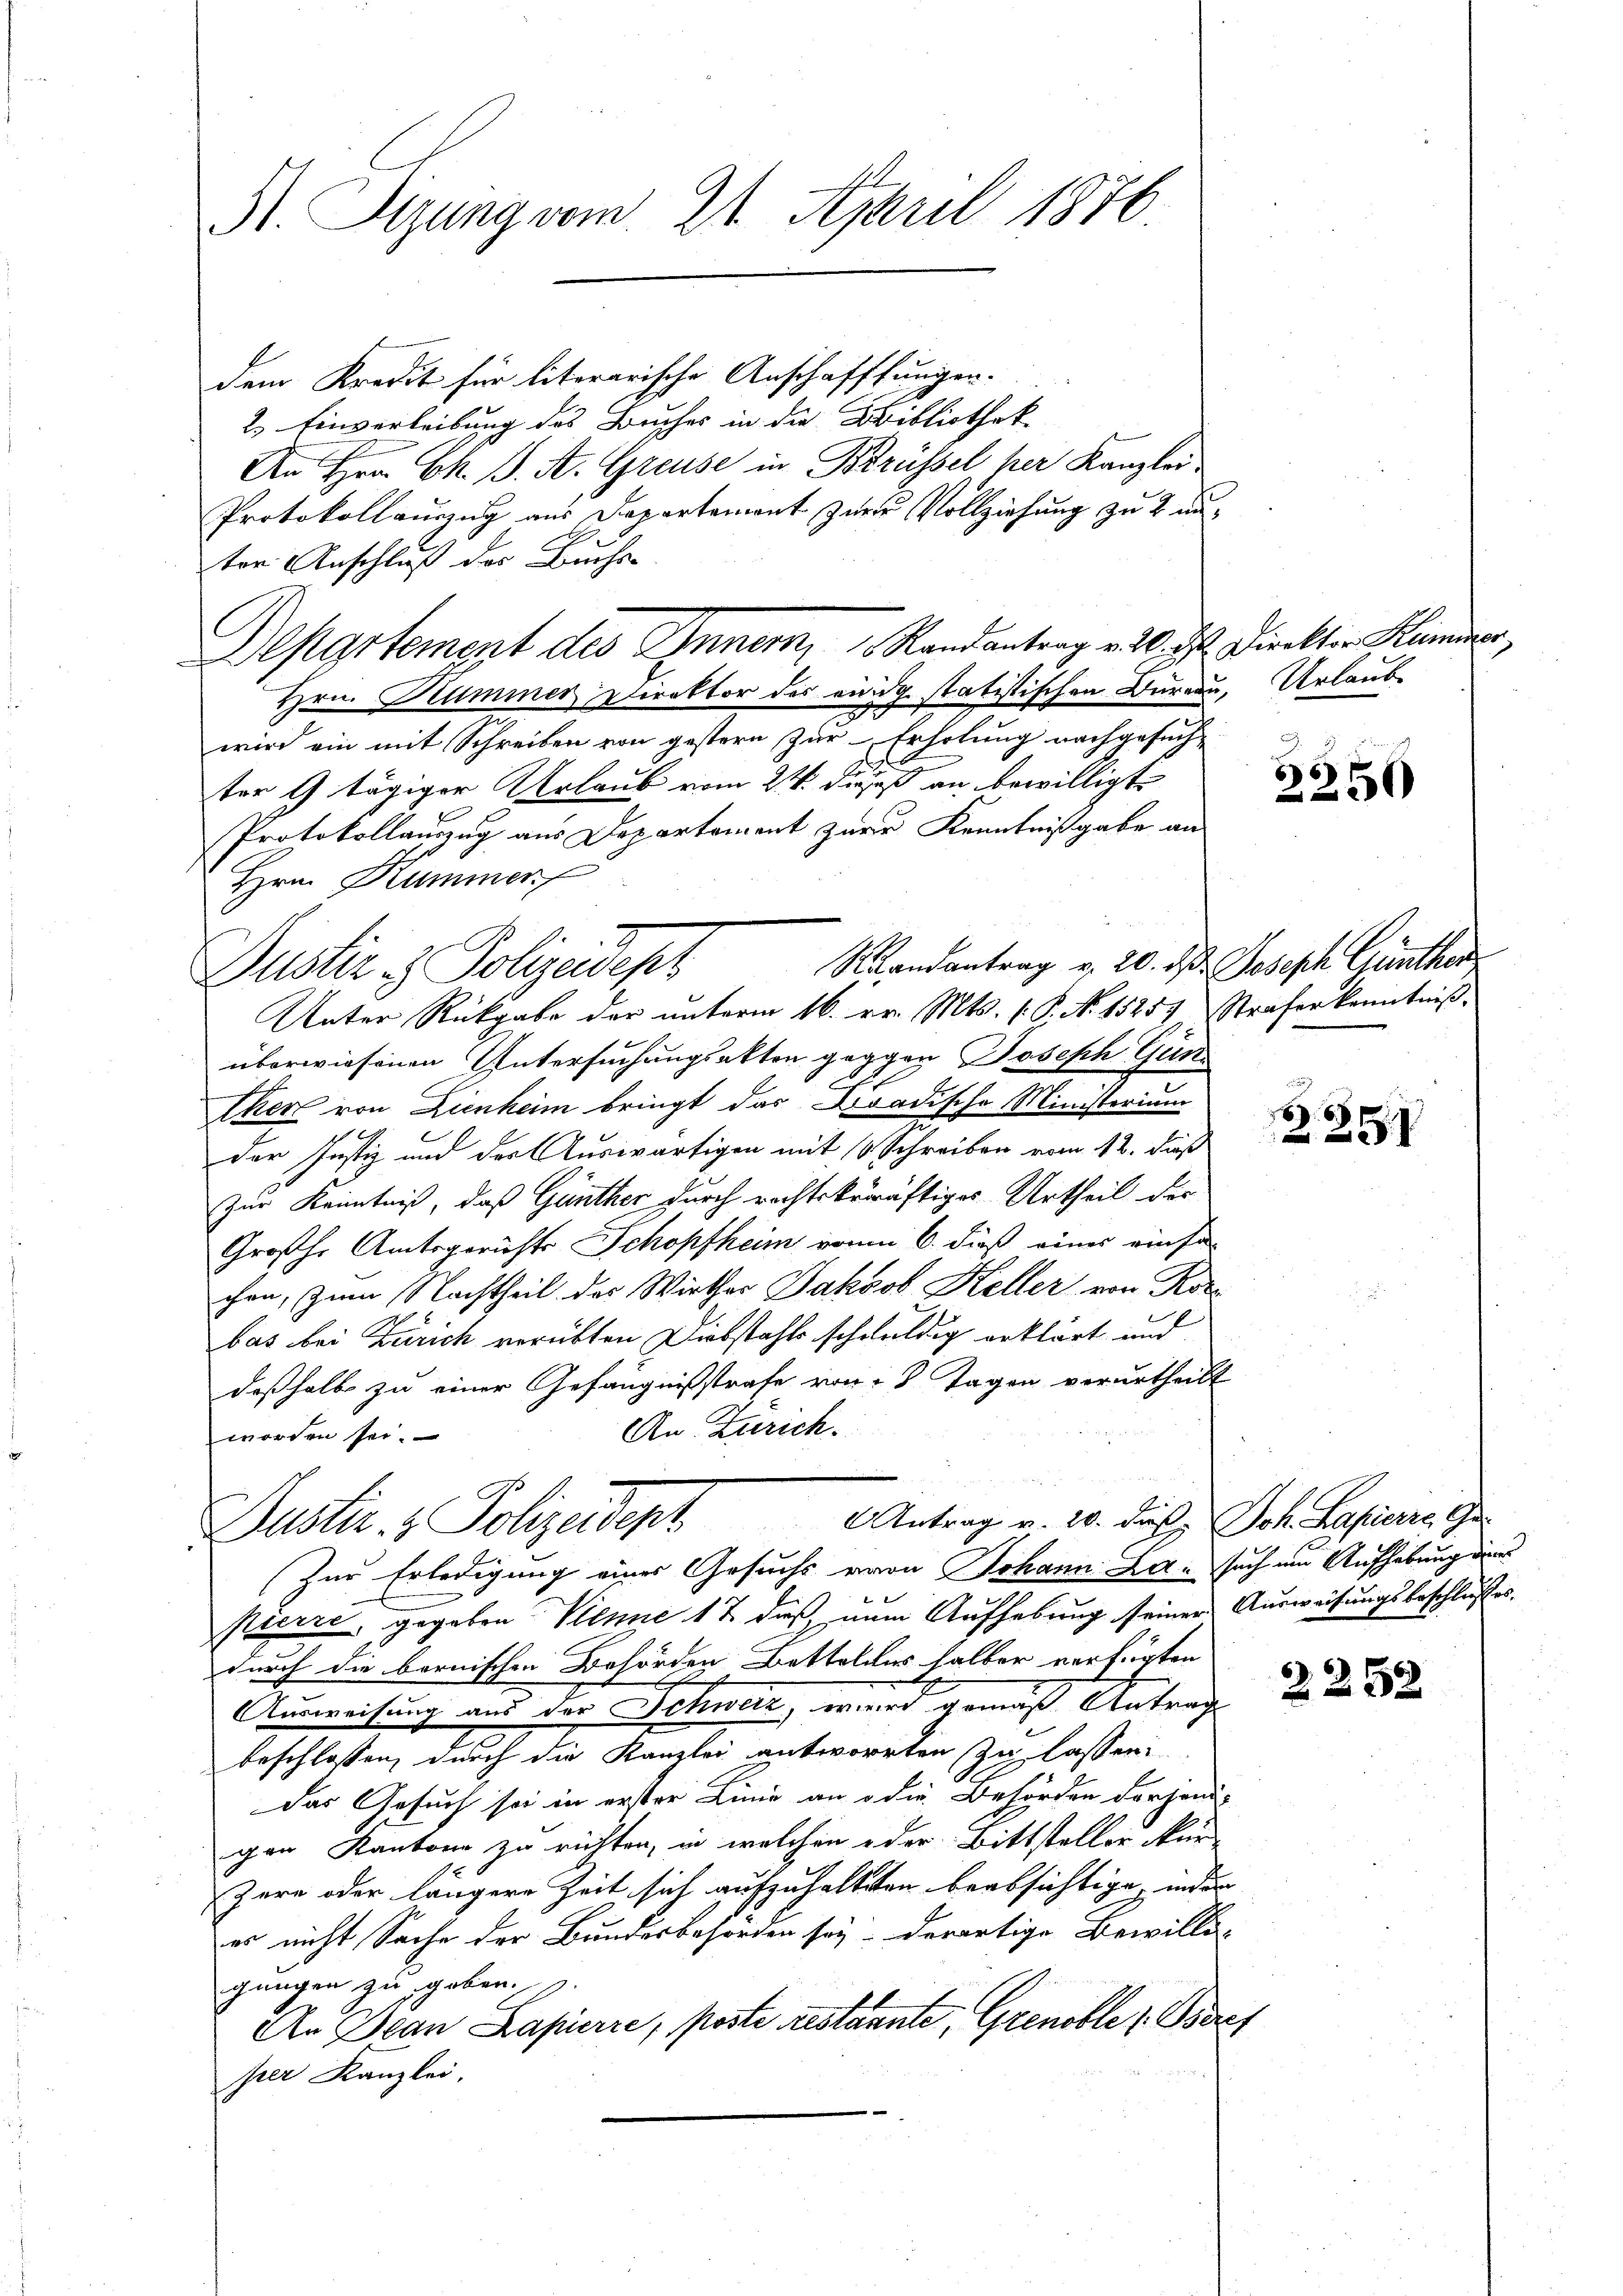
S. Syzung vom 21. April 1876

dem Kredit für literarische Anschafffungen.
2. Einverleibung des Buches in die Bibliothek-
An Hrn. C. J. A. Greuse in Brüssel her Kanzlei
Protokollauszug aus Departement zur Vollziehung zu 2 unter Anschluß der Buchs-
Hrn. Kummer Direktor des eidg statistischen Bureau, Urlaube
wird ein mit Schreiben von gestern zur Erholung nachgesuchter 4 tägiger Urlaub vom 24. Deus an bewilligt
Protokollauszug aus Departement zur Kenntnißgabe an
Hrn. Kummer
Raandantrag v. 20. d. Joseph Günther
Unter Rückgabe der unterm 16. er. Mts. (: P. N. 15257 Straferkenntniß
überwiesenen Untersuchungsakten gegen Joseph Gün
Ekert von Lienheim bringt das Baadische Ministerium
der Justiz und der Auswärtigen mit 10 Schreiben vom 12. dieß
Zur Kenntniß, daß Günther durch rechtskräftiges Urtheil der
Großh. Amtsgerichts Schopfheim von 6. dieß eines einfa-
chen, zum Nachtheil des Wirther Jakob Keller von Ror
bas bei Zürich verübten Diebstahls schuldig erklärt und
deßhalb zu einer Gefängnißstrafe von 8 Tagen verurtheilt
An Zürich.
worden sei.
Antrag v. 20. das Joh. Lapierre Ge
Dustiz- & Polizeidept
Zur Erledigung eines Gesuchs von Johann La such ein Aufhebung der
Pierre, gegeben Kenne 12 das num Aufhebung seiner Ausweisungsbeschlusses.
durch die bernischen Behörden Bettolder halber verfügten
Ausweisung aus der Schweiz, wird gemäß Antrag
beschlossen, durch die Kanzlei antworten zu lassen:
Das Gesuch sei in erster Linie an die Behörden derjeni-
gen Kantone zu richten, in welchen oder Bittsteller kür-
Zere oder längere Zeit sich aufzuhalteten beabsichtige, inder
es nicht Sache der Bundesbehörden sey, derartige Bewilli-
gungen zu geben.
An Jean Papierre, poste testannte, Grenobler Bere
prer Kanzlei.

Departement des Innern, Randantrag v. 6. ds. Direkten Kummer,

Dustiz & Polizeidept

2250

9
25

Z 252